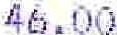
46.00